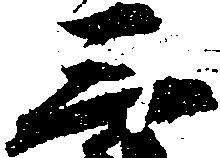
三